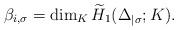
LaTeX: \begin{align*} \beta_{i,\sigma}=\dim_K \widetilde{H}_1(\Delta_{\mid \sigma};K). \end{align*}